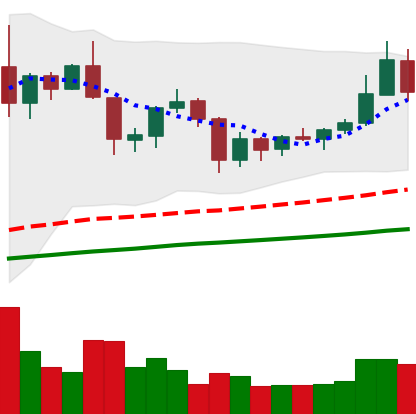
Ticker: XRP-USD
Chart end date: 2019-06-18
Forward return: 9.22%
Label: up_7plus